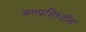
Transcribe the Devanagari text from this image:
जगप्रसिध्दीस